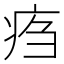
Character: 𤵰